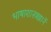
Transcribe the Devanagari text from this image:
भाषाशास्त्रज्ञानें